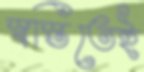
স্বস্তিতেই